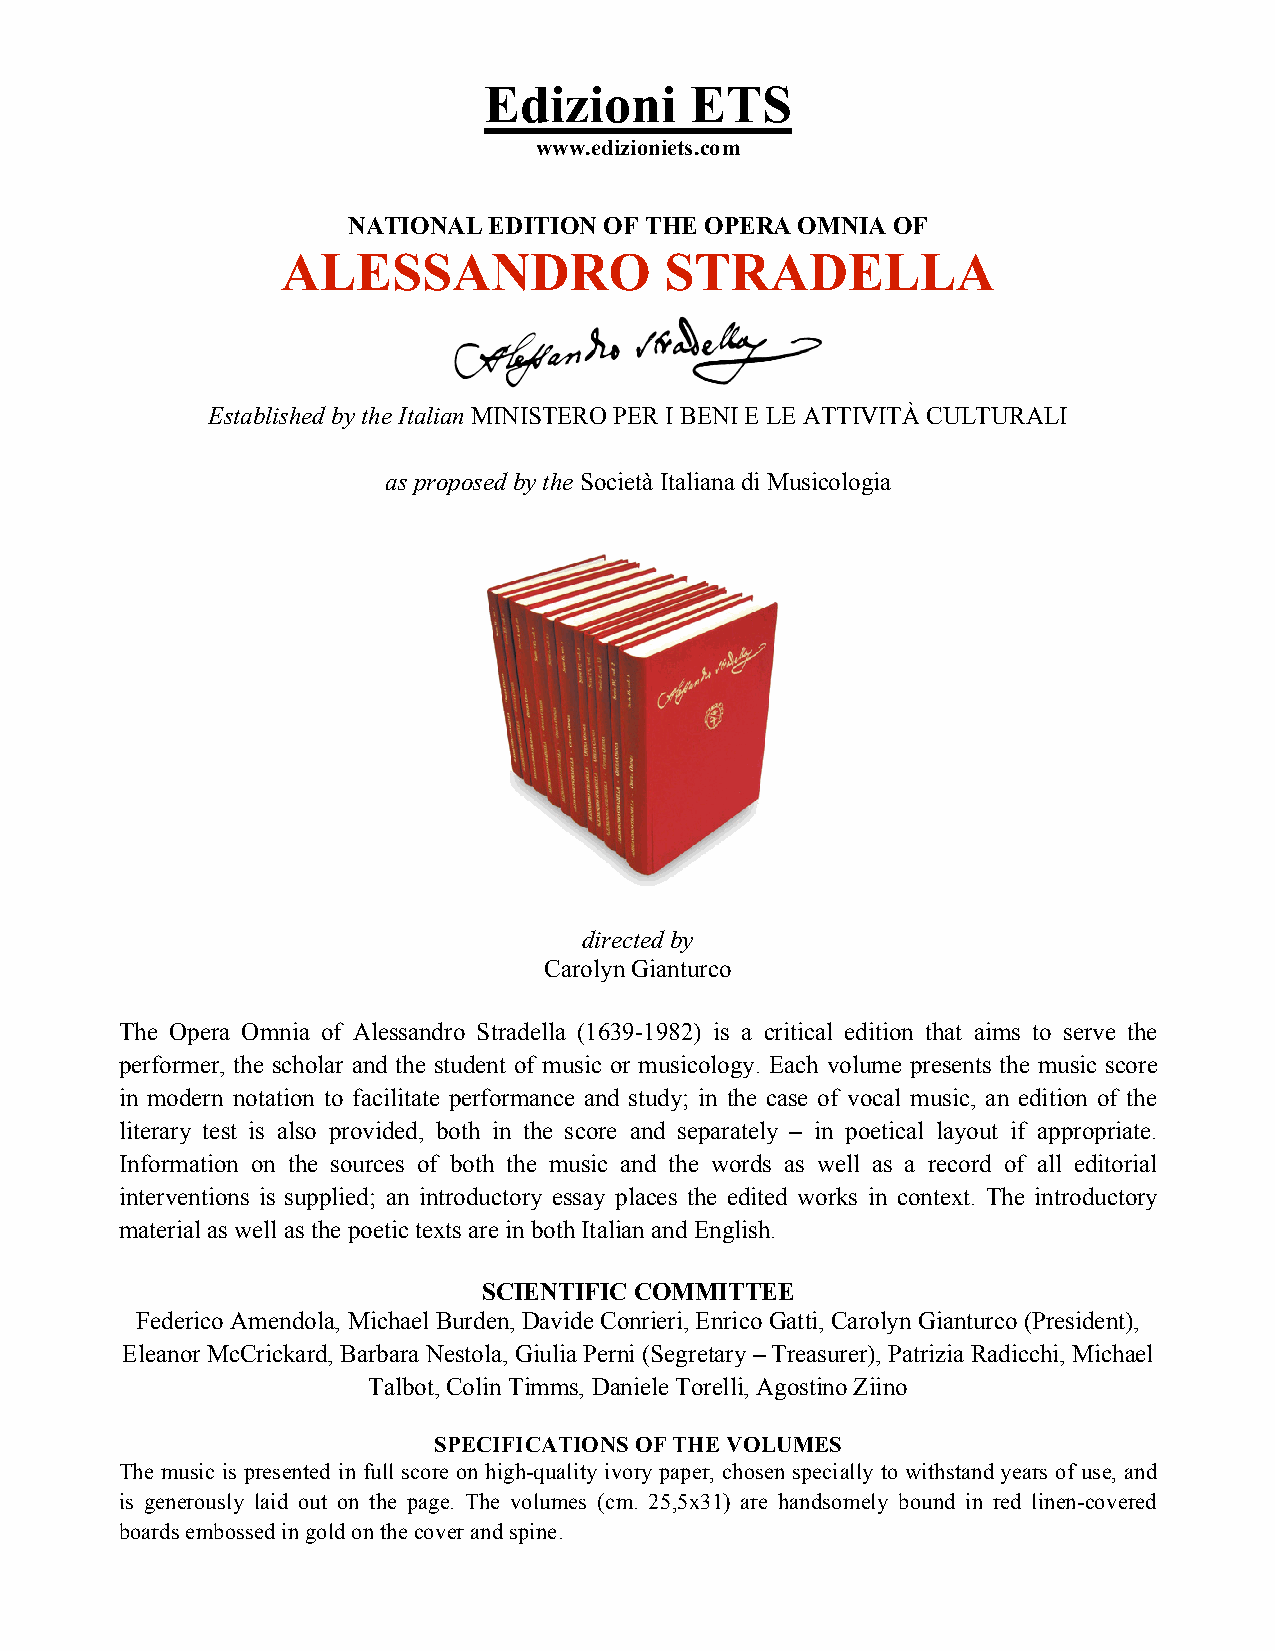
Edizioni      ETS
 www.edizioniets.com
 NATIONAL EDITION OF THE OPERA OMNIA OF
 ALESSANDRO               STRADELLA
 Established by the Italian MINISTERO PER I BENI E LE ATTIVITÀ CULTURALI
 as proposed by the Società Italiana di Musicologia
 directed by
 Carolyn Gianturco
 The Opera Omnia of Alessandro Stradella (1639-1982) is a critical edition that aims to serve the
 performer, the scholar and the student of music or musicology. Each volume presents the music score
 in modern notation to facilitate performance and study; in the case of vocal music, an edition of the
 literary test is also provided, both in the score and separately – in poetical layout if appropriate.
 Information on the sources of both the music and the words as well as a record of all editorial
 interventions is supplied; an introductory essay places the edited works in context. The introductory
 material as well as the poetic texts are in both Italian and English.
 SCIENTIFIC COMMITTEE
 Federico Amendola, Michael Burden, Davide Conrieri, Enrico Gatti, Carolyn Gianturco (President),
 Eleanor McCrickard, Barbara Nestola, Giulia Perni (Segretary – Treasurer), Patrizia Radicchi, Michael
 Talbot, Colin Timms, Daniele Torelli, Agostino Ziino
 SPECIFICATIONS OF THE VOLUMES
 The music is presented in full score on high-quality ivory paper, chosen specially to withstand years of use, and
 is generously laid out on the page. The volumes (cm. 25,5x31) are handsomely bound in red linen-covered
 boards embossed in gold on the cover and spine.